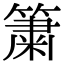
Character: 簘